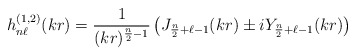
\begin{align*}h^{(1,2)}_{n\ell}(kr)=\frac{1}{(kr)^{\frac{n}{2}-1}} \left(J_{\frac{n}{2}+\ell-1}(kr) \pm i Y_{\frac{n}{2}+\ell-1}(kr)\right) \end{align*}